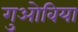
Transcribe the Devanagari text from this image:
गुओविया